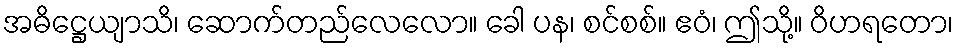
အဓိဋ္ဌေယျာသိ၊ ဆောက်တည်လေလော။ ခေါ ပန၊ စင်စစ်။ ဧဝံ၊ ဤသို့။ ဝိဟရတော၊